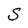
Character: S